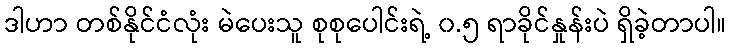
ဒါဟာ တစ်နိုင်ငံလုံး မဲပေးသူ စုစုပေါင်းရဲ့ ၀.၅ ရာခိုင်နှုန်းပဲ ရှိခဲ့တာပါ။